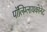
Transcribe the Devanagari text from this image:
पॉलिग्लायकोनेट